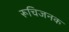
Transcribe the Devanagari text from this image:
रूचिजनक